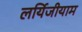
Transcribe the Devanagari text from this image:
लर्यिजीयाम